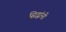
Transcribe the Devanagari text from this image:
सिद्धांनी